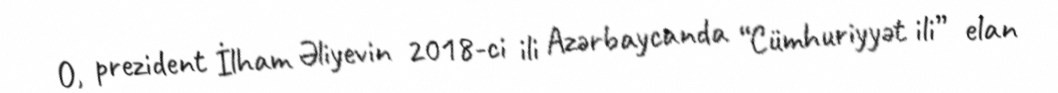
O, prezident İlham Əliyevin 2018-ci ili Azərbaycanda “Cümhuriyyət ili” elan